Vaccination Hyderabad 1872-1889 - 1872-1889
Year: 1872
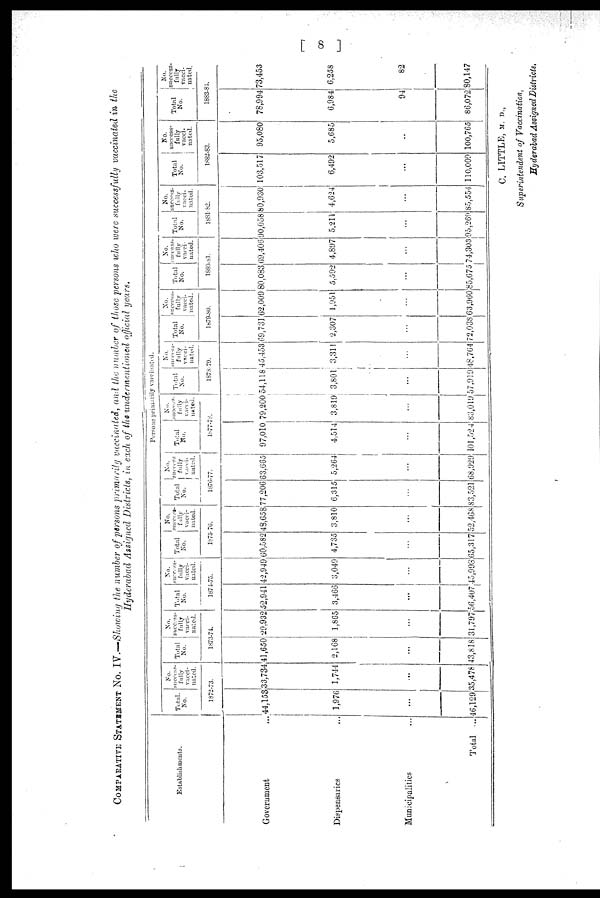
[ 8 ]
COMPARATIVE STATEMENT NO. IV.—Showing the number of persons primarily vaccinated, and the number of those persons who were successfully vaccinated in the
Hyderabad Assigned Districts, in each of the undermentioned official years.
Establishments.
Government ...
Dispensaries ...
Municipalities ...
Total ...
Persons primarily vaccinated.
Total.
No.
No.
success¬
fully
vacci-
nated.
1872-73.
44,153
1,976
...
46,129
33,734
1,744
...
35,478
Total
No.
No.
success¬
fully
vacci-
nated.
1873-74.
41,650
2,168
...
43,818
29,932
1,865
...
31,797
Total
No.
No.
success¬
fully
vacci-
nated.
1874-75.
52,941
3,466
...
56,407
42,949
3,049
...
45,998
Total
No.
No.
fully
vacci-
-ated.
1875-76.
60,582
4,735
...
65,317
48,658
3,810
...
52,468
Total
No.
No
success¬
fully
vacci¬
nated.
1876-77.
77,206
6,315
...
83,521
63,665
5,264
...
68,929
Total
No.
No.
success¬
fully
vacci¬
nated.
1877-78.
97,010
4,514
...
101,524
79,200
3,819
...
83,019
Total
No.
No.
success¬
fully
vacci-
nated.
1878-79.
54,118
3,801
...
57,919
45,453
3,311
...
48,764
Total
No.
No.
success¬
fully
vacci-
nated.
1879-80.
69,731
2,307
...
72,038
62,009
1,951
...
63,960
Total
No.
No.
success¬
fully
vacci-
nated.
1880-81.
80,083
5,592
...
85,675
69,406
4,897
...
74,303
Total
No.
No.
success¬
fully
vacci-
nated.
1881-82.
90,058
5,211
...
95,269
80,930
4,624
...
85,554
Total
No.
No.
success-
fully
vacci¬
nated.
1882-83.
103,517
6,492
...
110,009
95,080
5,685
...
100,765
Total
No.
No.
success¬
-----
vacci¬
nated.
1883-84.
78,994
6,984
94
86,072
73,453
6,258
82
80,147
C. LITTLE, M. D.,
Superintendent of Vaccination,
Hyderabad Assigned Districts.